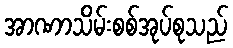
အာဏာသိမ်းစစ်အုပ်စုသည်